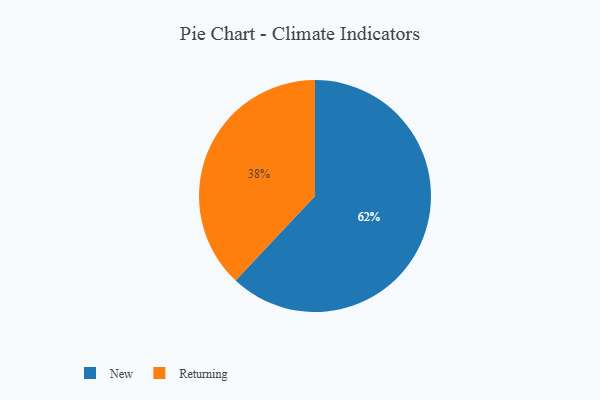
{"axis": {"x": "Category", "y": "Percentage"}, "legend": ["New", "Returning"], "data": [{"x": "Returning", "y": 38, "type": "Returning"}, {"x": "New", "y": 62, "type": "New"}]}